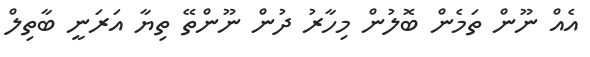
އެއް ނޫން ތަމެން ބޮލުން މިހާރު ދުން ނޫންތޭ ތިޔާ އަރަނީ ބާތިލް